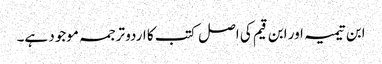
ابن تیمیہ اور ابن قیم کی اصل کتب کا اردو ترجمہ موجود ہے۔